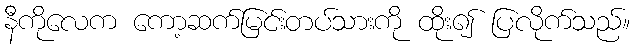
နီကိုလေက ကော့ဆက်မြင်းတပ်သားကို ထိုး၍ ပြလိုက်သည်။